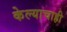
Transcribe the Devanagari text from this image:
केल्याचाही